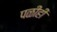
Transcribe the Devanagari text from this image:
पळीही